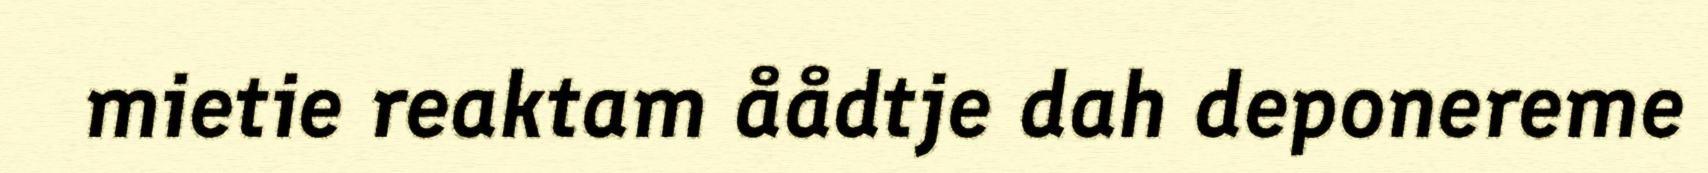
mietie reaktam åådtje dah deponereme